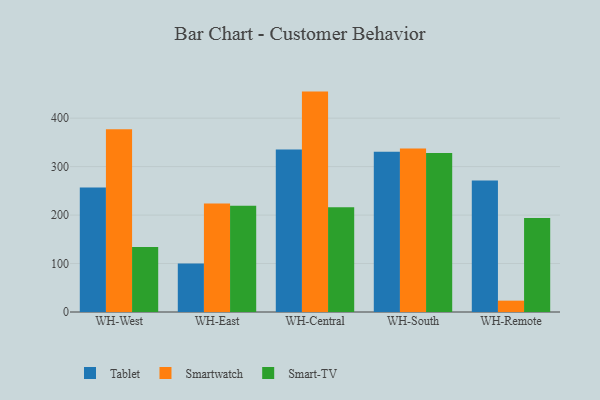
{"axis": {"x": "Warehouse", "y": "Market Share (%)"}, "legend": ["Smart-TV", "Smartwatch", "Tablet"], "data": [{"x": "WH-West", "y": 256.9, "type": "Tablet"}, {"x": "WH-West", "y": 377.0, "type": "Smartwatch"}, {"x": "WH-West", "y": 134.0, "type": "Smart-TV"}, {"x": "WH-East", "y": 100.2, "type": "Tablet"}, {"x": "WH-East", "y": 223.8, "type": "Smartwatch"}, {"x": "WH-East", "y": 219.4, "type": "Smart-TV"}, {"x": "WH-Central", "y": 335.3, "type": "Tablet"}, {"x": "WH-Central", "y": 454.8, "type": "Smartwatch"}, {"x": "WH-Central", "y": 216.2, "type": "Smart-TV"}, {"x": "WH-South", "y": 330.6, "type": "Tablet"}, {"x": "WH-South", "y": 337.4, "type": "Smartwatch"}, {"x": "WH-South", "y": 327.9, "type": "Smart-TV"}, {"x": "WH-Remote", "y": 271.2, "type": "Tablet"}, {"x": "WH-Remote", "y": 23.4, "type": "Smartwatch"}, {"x": "WH-Remote", "y": 194.2, "type": "Smart-TV"}]}